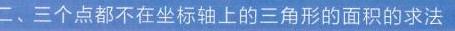
二、三个点都不在坐标轴上的三角形的面积的求法